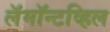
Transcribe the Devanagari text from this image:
लॅमॉन्टव्हिल